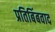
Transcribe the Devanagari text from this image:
प्रतिबिंबवाद